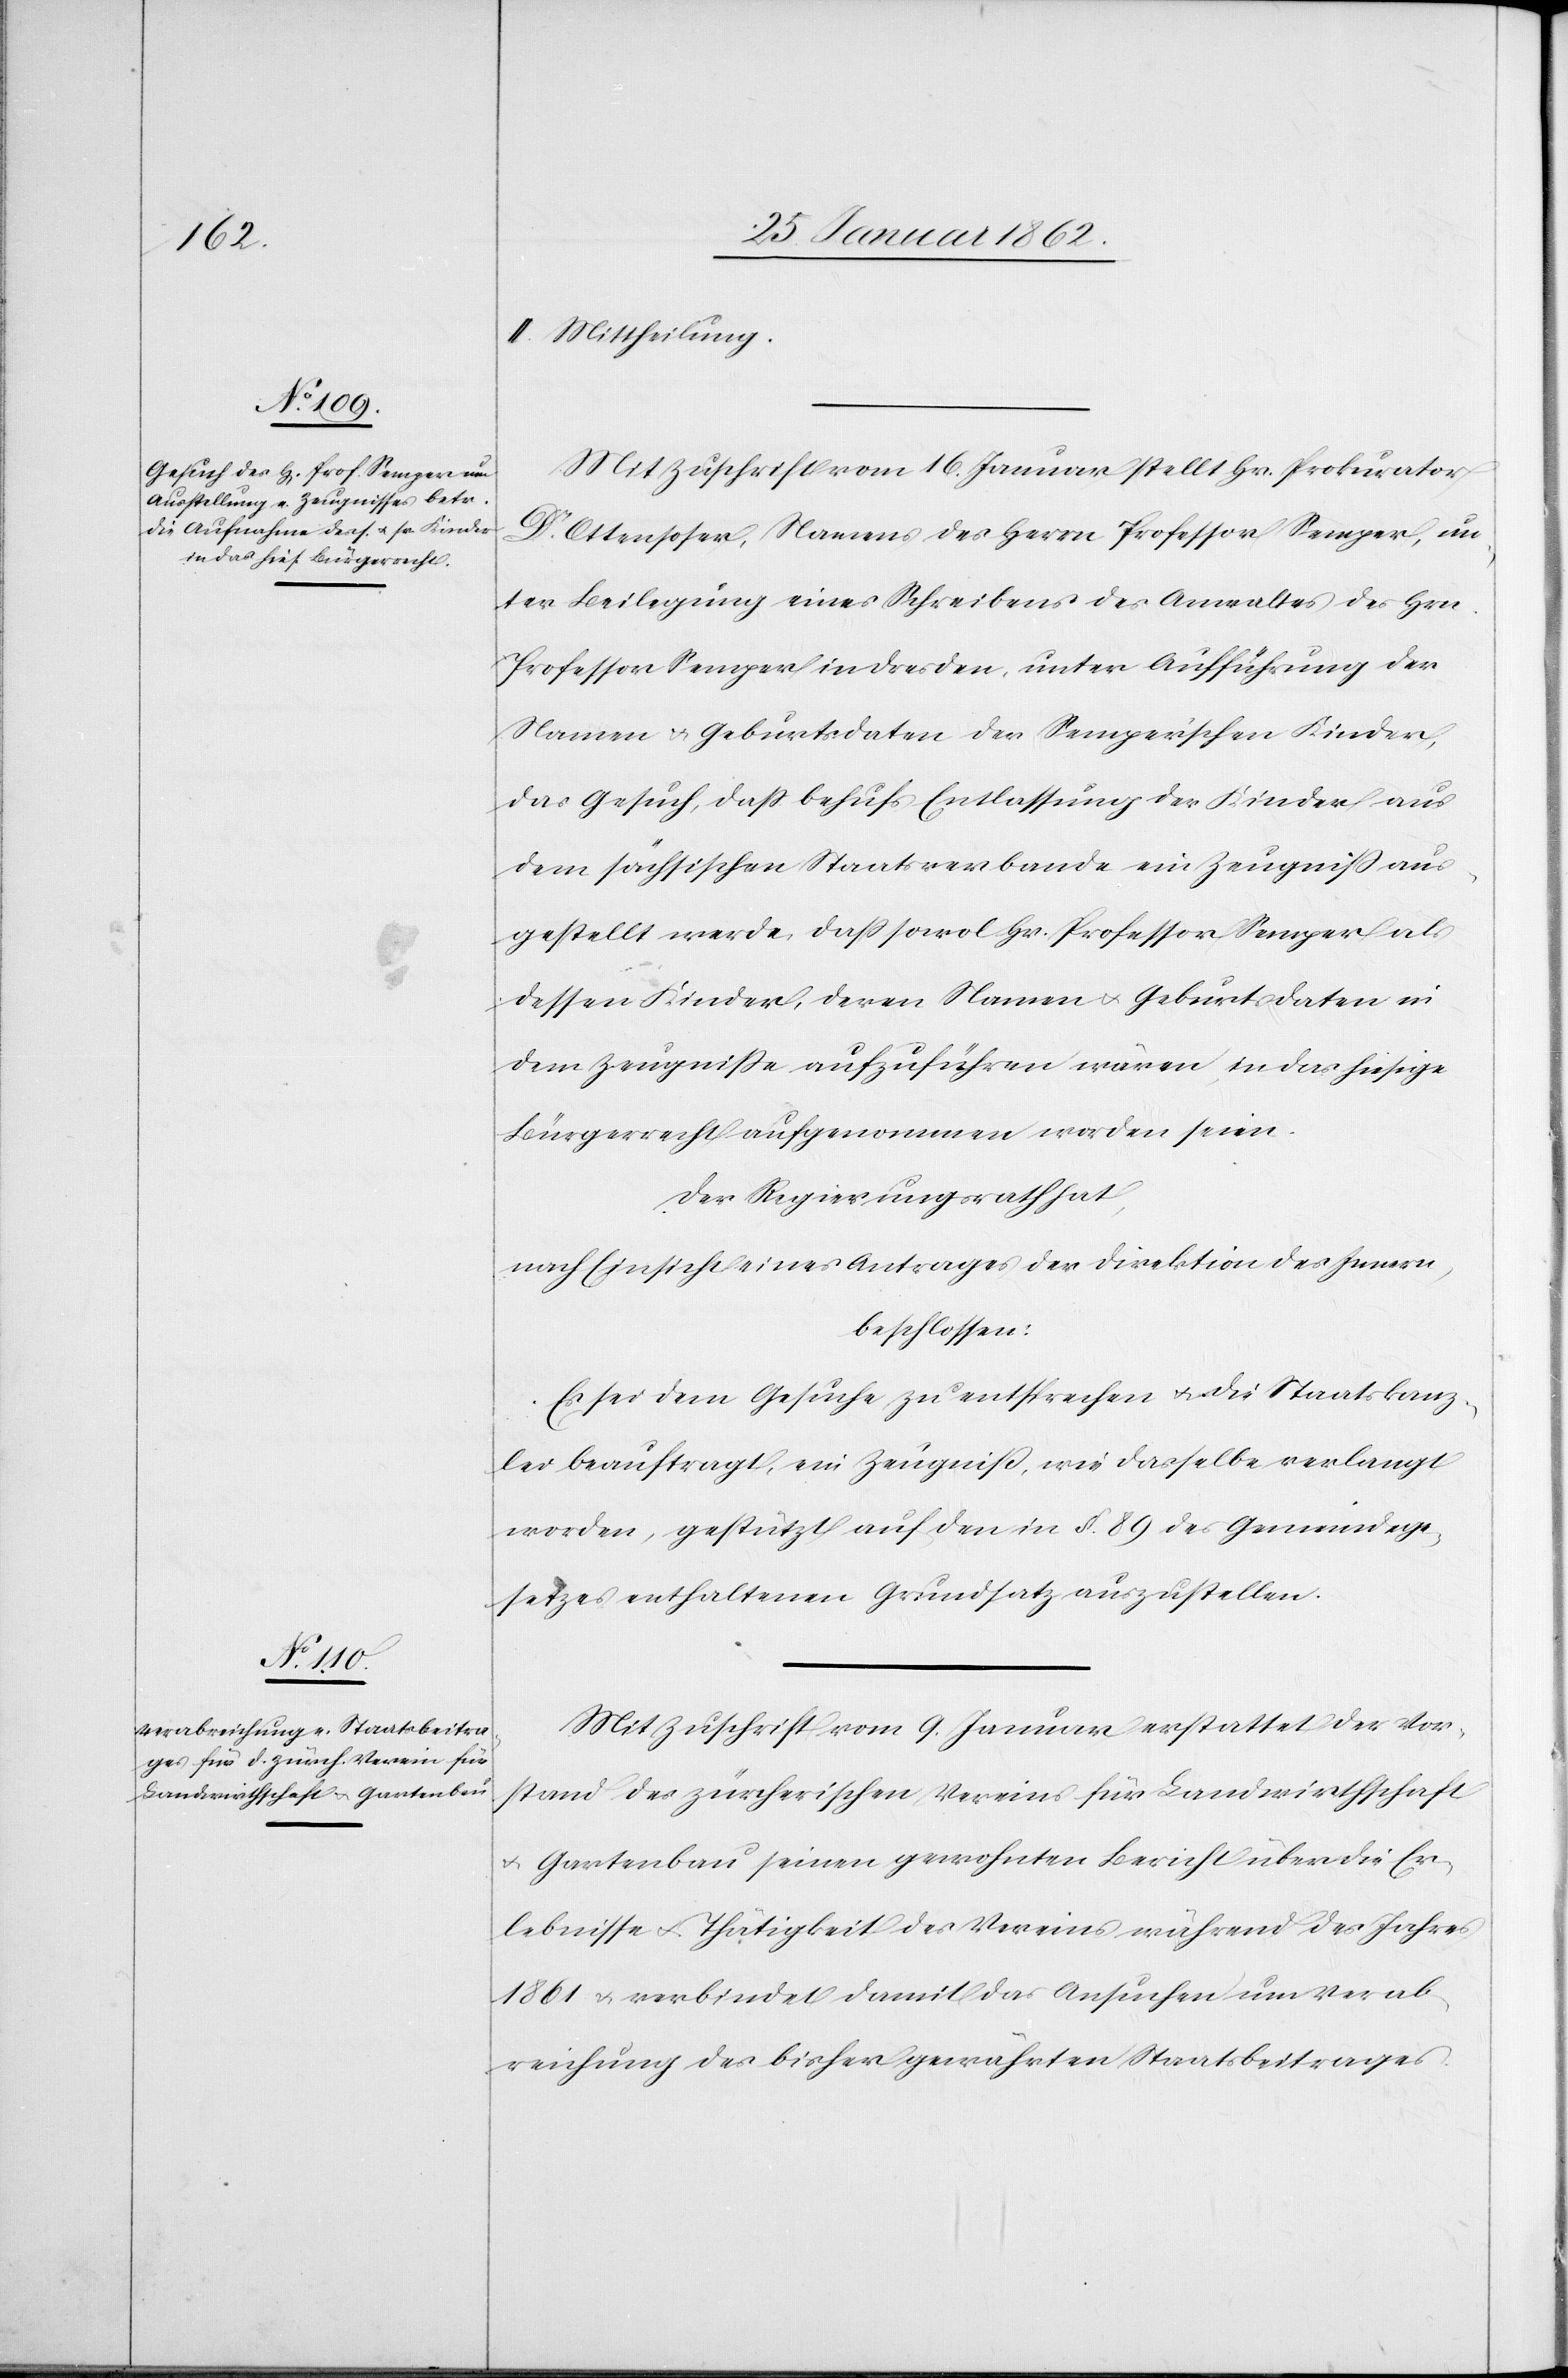
II. Mittheilung.
Mit Zuschrift vom 16. Januar stellt Hr. Prokurator
Ottensoser, Namens des Herrn Professor Semper, un¬
ter Beilegung eines Schreibens des Anwaltes des Hrn.
Professor Semper in Dresden, unter Aufführung der
Namen u. Geburtsdaten der Semperschen Kinder,
das Gesuch, daß behufs Entlassung der Kinder aus
dem sächsischen Staatsverbande ein Zeugniß aus¬
gestellt werde, daß sowol Hr. Professor Semper als
dessen Kinder, deren Namen u. Geburtsdaten in
dem Zeugniße aufzuführen wären, in das hiesige
Bürgerrecht aufgenommen worden seien.
Der Regierungsrath hat,
nach Einsicht eines Antrages der Direktion des Innern,
beschlossen:
Es sei dem Gesuche zu entsprechen u. die Staatskanz¬
lei beauftragt, ein Zeugniß, wie dasselbe verlangt
worden, gestützt auf den in §. 89 des Gemeindege¬
setzes enthaltenen Grundsatz auszustellen.
Mit Zuschrift vom 9. Januar erstattet der Vor¬
stand des zürcherischen Vereins für Landwirthschaft
u. Gartenbau seinen gewohnten Bericht über die Er¬
lebnisse u. Thätigkeit des Vereins während des Jahres
1861 u. verbindet damit das Ansuchen um Verab¬
reichung des bisher gewährten Staatsbeitrages.